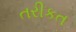
તરીકત